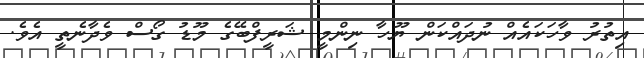
އިތުރު ވާހަކައެއް ނުދައްކަން ޔޫހާ ނިންމީ ޝަރީފްބޭގެ މޫޑު ގޯސް ވެދާނެތީ އެވެ.